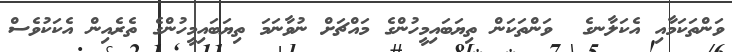
ވަންތަކަމާއި އެކަލާނގެ  ވަންތަކަން ތިޔަބައިމީހުންގެ މައްޗަށް ނުވާނަމަ ތިޔަބައިމީހުންގެ ތެރެއިން އެކަކުވެސް